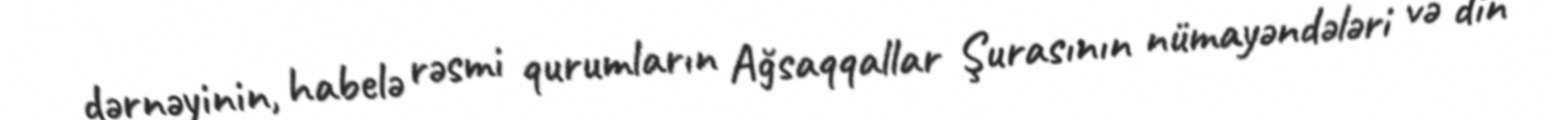
dərnəyinin, habelə rəsmi qurumların Ağsaqqallar Şurasının nümayəndələri və din